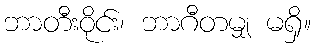
ဘာတီးဝိုင်း၊ ဘာဂီတမျှ မရှိ။